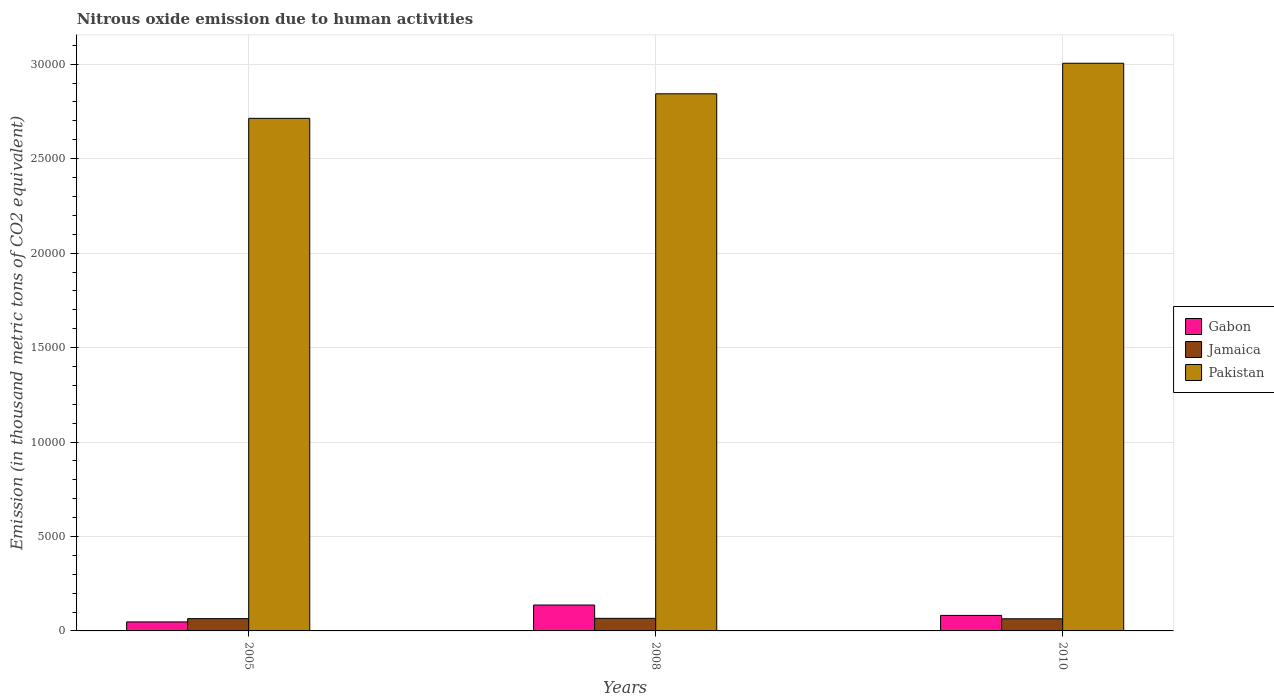
| Years | Gabon | Jamaica | Pakistan |
 | --- | --- | --- | --- |
 | 2005 | 477 | 650 | 2.71e+04 |
 | 2008 | 1.37e+03 | 667 | 2.84e+04 |
 | 2010 | 821 | 643 | 3.01e+04 |